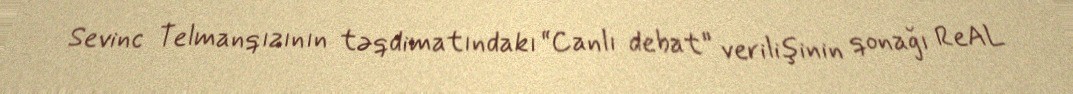
Sevinc Telmanqızının təqdimatındakı “Canlı debat” verilişinin qonağı ReAL